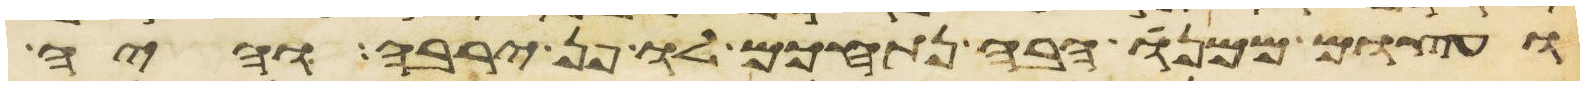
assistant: ועצום ממנו הבה נתחכם לו פן ירבה והיה